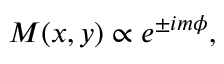
M ( x , y ) \propto e ^ { \pm i m \phi } ,